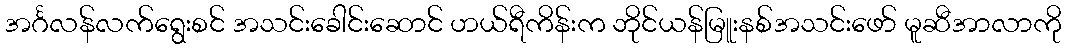
အင်္ဂလန်လက်ရွေးစင် အသင်းခေါင်းဆောင် ဟယ်ရီကိန်းက ဘိုင်ယန်မြူးနစ်အသင်းဖော် မူဆီအာလာကို